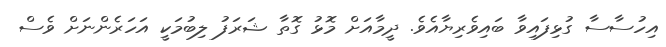
އިހުސާސާ ގުޅިފައިވާ ބައިވެރިޔާއެވެ. ދީމާއަށް މޮޅު ގޮތާ ޝަރަފު ލިބުމަކީ އަހަރެންނަށް ވެސް